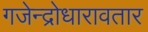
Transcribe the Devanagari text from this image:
गजेन्द्रोधारावतार